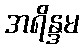
အရိန္ဒမ